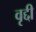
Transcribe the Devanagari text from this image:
वृद्दी